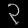
Digit: ၃